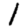
Digit: 1